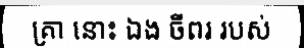
គ្រា នោះ ឯង ចីពរ របស់